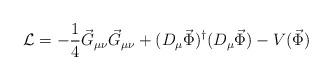
LaTeX: \begin{align*}{\cal L} = -\frac{1}{4}\vec G_{\mu\nu}\vec G_{\mu\nu} +(D_\mu\vec \Phi)^\dagger(D_\mu\vec\Phi) - V(\vec \Phi)\end{align*}